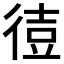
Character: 𫹙